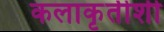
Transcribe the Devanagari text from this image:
कलाकृतीशी